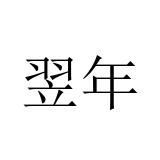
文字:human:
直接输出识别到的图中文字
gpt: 翌年